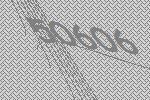
50606